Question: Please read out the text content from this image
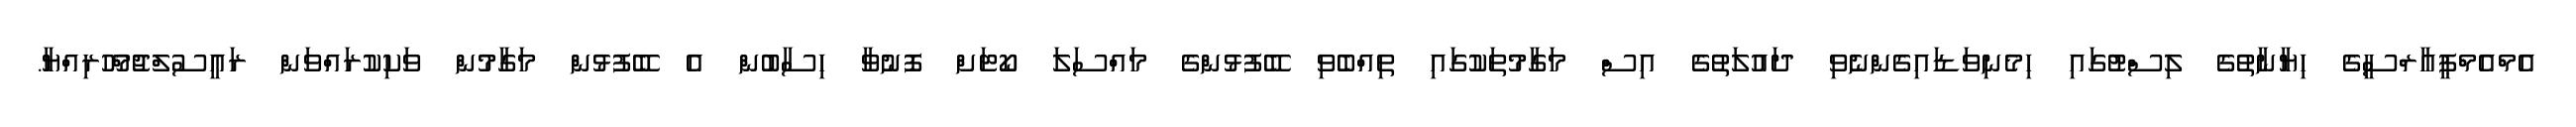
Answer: އެމްއެމްޕީއާރްސީގެ ހިޔާނާތުގެ ލިސްޓުގައި ހިމެނިވަޑައިގެންނެވި ދައުލަތުގެ އިސް މަގާމުތަކުގައި ތިއްބެވި ބޭފުޅުންގެ މައްސަލަ ކޯޓަށް ފޮނުވާ ހިސާބުން އެ ބޭފުޅުން މަގާމުން ވަކިކުރައްވަން ރައީސުލްޖުމްހޫރިއްޔާ.